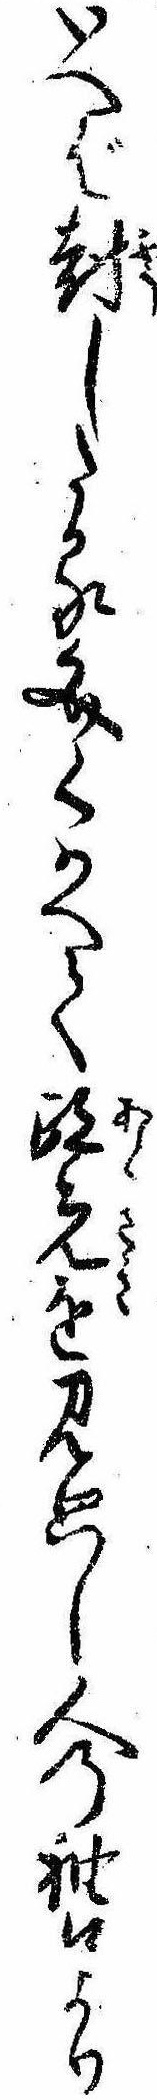
いへば封したる文くはへて跡先を見廻し人の袖口より